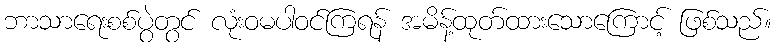
ဘာသာရေးစစ်ပွဲတွင် လုံးဝမပါဝင်ကြရန် အမိန့်ထုတ်ထားသောကြောင့် ဖြစ်သည်။